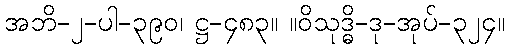
အဘိ-၂-ပါ-၃၉၀၊ ဋ္ဌ-၄၈၃။ ။ဝိသုဒ္ဓိ-ဒု-အုပ်-၃၂၄။